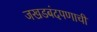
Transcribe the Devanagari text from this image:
जखडबंदपणाची